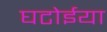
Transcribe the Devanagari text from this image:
घटोईया